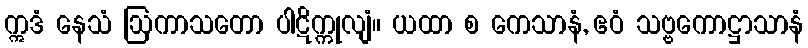
ဣဒံ နေသံ ဩကာသတော ပါဋိက္ကုလျံ။ ယထာ စ ကေသာနံ, ဧဝံ သဗ္ဗကောဋ္ဌာသာနံ